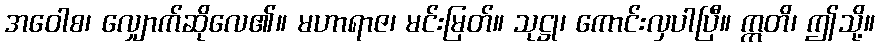
အဝေါစ၊ လျှောက်ဆိုလေ၏။ မဟာရာဇ၊ မင်းမြတ်။ သုဋ္ဌု၊ ကောင်းလှပါပြီ။ ဣတိ၊ ဤသို့။